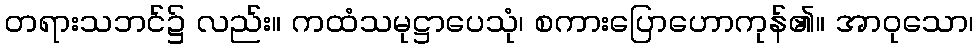
တရားသဘင်၌ လည်း။ ကထံသမုဋ္ဌာပေသုံ၊ စကားပြောဟောကုန်၏။ အာဝုသော၊